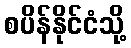
စပိန်နိုင်ငံသို့